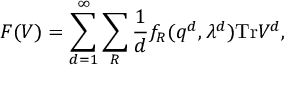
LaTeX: F ( V ) = \sum _ { d = 1 } ^ { \infty } \sum _ { R } { \frac { 1 } { d } } f _ { R } ( q ^ { d } , \lambda ^ { d } ) \mathrm { T r } V ^ { d } ,